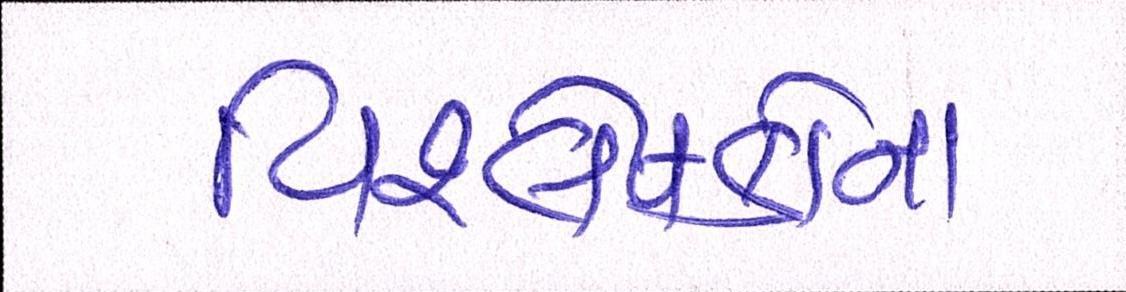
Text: વિશ્લેષકોના